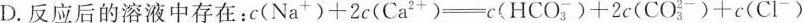
D. 反应后的溶液中存在：$$c ( N a ^ { +} ) + 2 c ( C a ^ { 2 + } ) = c ( H C O _ { 3 } ) + 2 c ( C O ^ { 2 -} _ { 3 } ) + c ( C l ^ { - } )$$